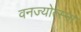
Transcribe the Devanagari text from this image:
वनज्योत्स्ना